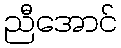
ညီအောင်